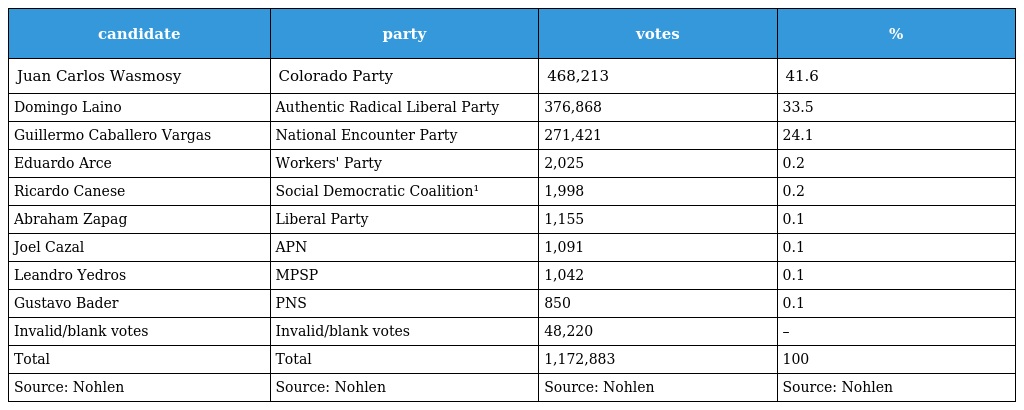
| candidate | party | votes | % |
 | --- | --- | --- | --- |
 | Juan Carlos Wasmosy | Colorado Party | 468,213 | 41.6 |
 | Domingo Laino | Authentic Radical Liberal Party | 376,868 | 33.5 |
 | Guillermo Caballero Vargas | National Encounter Party | 271,421 | 24.1 |
 | Eduardo Arce | Workers' Party | 2,025 | 0.2 |
 | Ricardo Canese | Social Democratic Coalition¹ | 1,998 | 0.2 |
 | Abraham Zapag | Liberal Party | 1,155 | 0.1 |
 | Joel Cazal | APN | 1,091 | 0.1 |
 | Leandro Yedros | MPSP | 1,042 | 0.1 |
 | Gustavo Bader | PNS | 850 | 0.1 |
 | Invalid/blank votes | Invalid/blank votes | 48,220 | – |
 | Total | Total | 1,172,883 | 100 |
 | Source: Nohlen | Source: Nohlen | Source: Nohlen | Source: Nohlen |